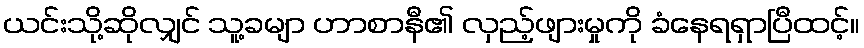
ယင်းသို့ဆိုလျှင် သူ့ခမျာ ဟာစာနီ၏ လှည့်ဖျားမှုကို ခံနေရရှာပြီထင့်။